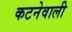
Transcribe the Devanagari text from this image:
कटनेवाली